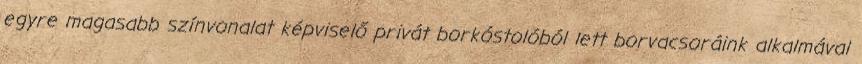
egyre magasabb színvonalat képviselő privát borkóstolóból lett borvacsoráink alkalmával